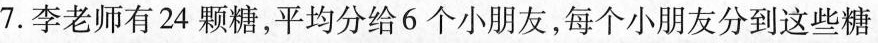
7.李老师有24颗糖，平均分给6个小朋友，每个小朋友分到这些糖